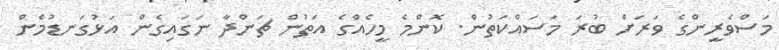
މަސްވެރީންގެ ވަރަށް ބުރަ މަސައްކަތުން. ކޮންމެ މީހެއްގެ އަތުން ޗަންދާ ނަގައިގެން އަޅުގަނޑުމެން